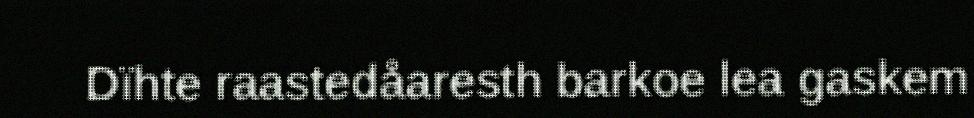
Dïhte raastedåaresth barkoe lea gaskem